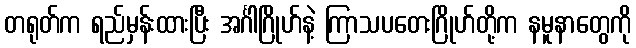
တရုတ်က ရည်မှန်းထားပြီး အင်္ဂါဂြိုဟ်နဲ့ ကြာသပတေးဂြိုဟ်တို့က နမူနာတွေကို